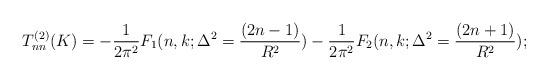
LaTeX: \begin{align*}T_{nn}^{(2)}(K)=-\frac{1}{2\pi^2}F_1(n,k;\Delta^2=\frac{(2n-1)}{R^2})-\frac{1}{2\pi^2}F_2(n,k;\Delta^2=\frac{(2n+1)}{R^2});\end{align*}